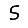
Digit: 5